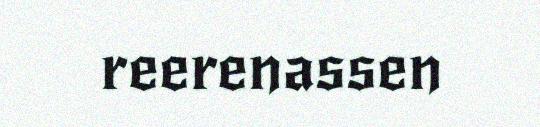
reerenassen